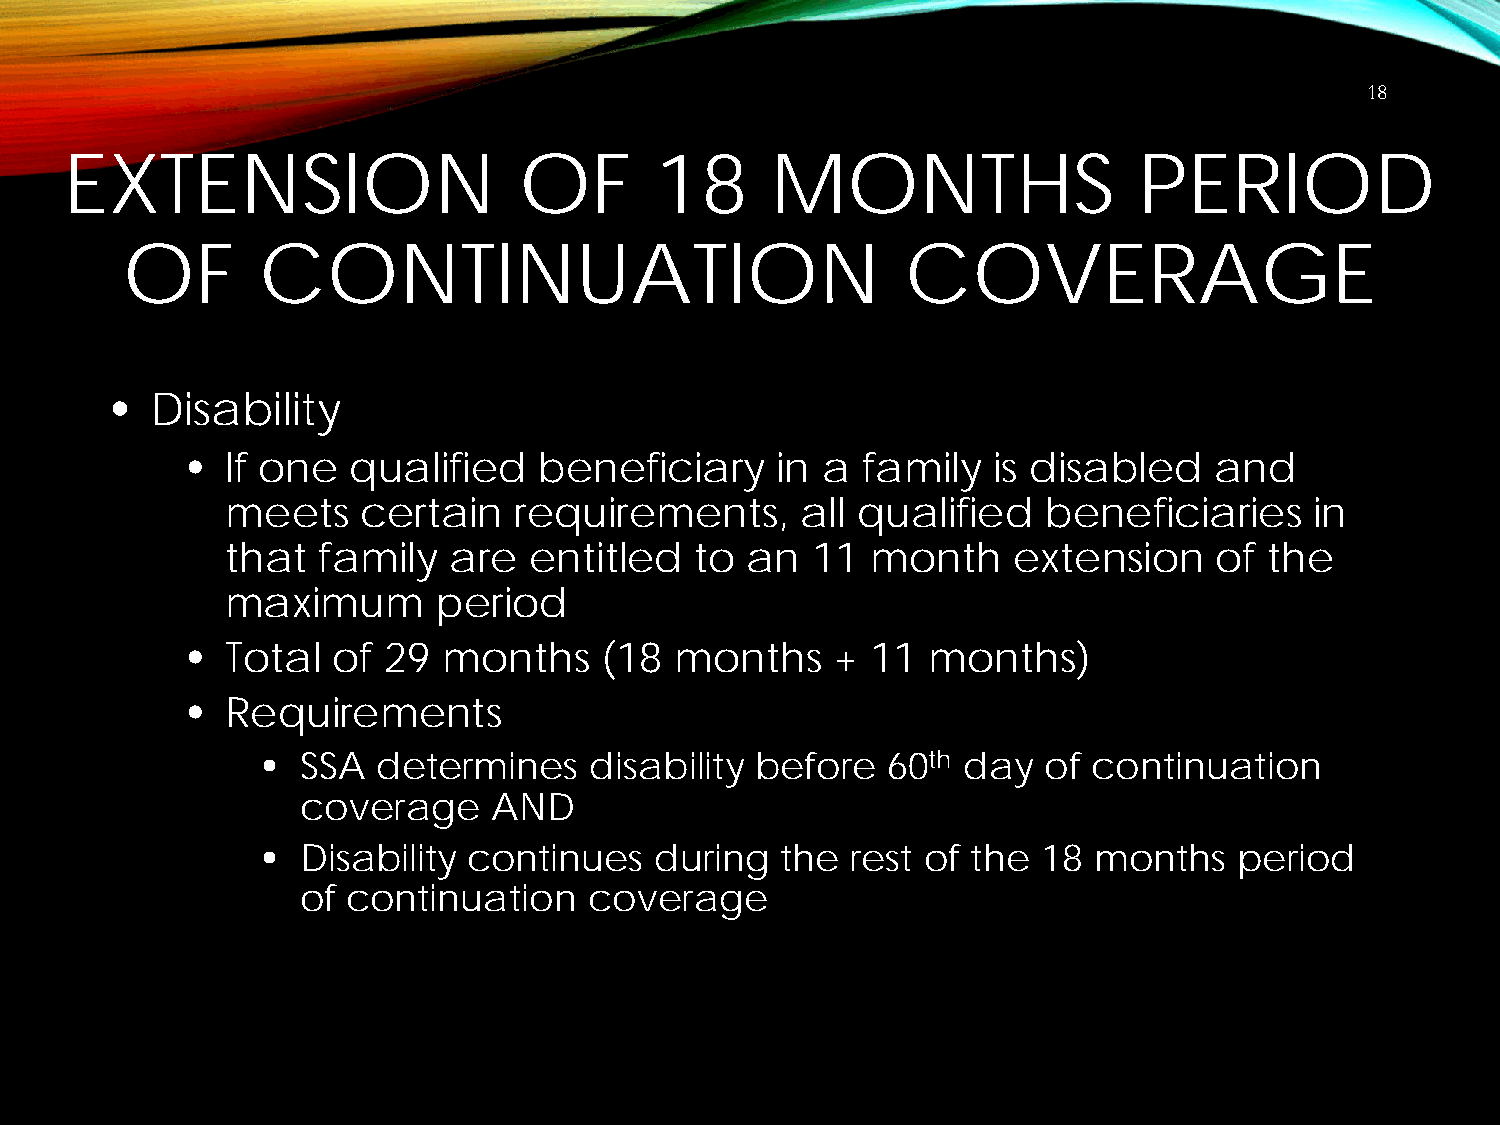
18
 EXTENSION                     OF       18      MONTHS                  PERIOD
 OF       CONTINUATION                               COVERAGE
 •  Disability
 •  If one  qualified    beneficiary    in a  family   is disabled   and
 meets    certain   requirements,      all qualified   beneficiaries     in
 that  family   are  entitled   to an   11  month    extension    of  the
 maximum       period
 •  Total  of 29  months     (18  months    +  11 months)
 •  Requirements
 •  SSA  determines    disability before   60th day  of continuation
 coverage     AND
 •  Disability continues   during   the rest of the  18 months    period
 of continuation    coverage